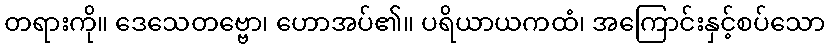
တရားကို။ ဒေသေတဗ္ဗော၊ ဟောအပ်၏။ ပရိယာယကထံ၊ အကြောင်းနှင့်စပ်သော